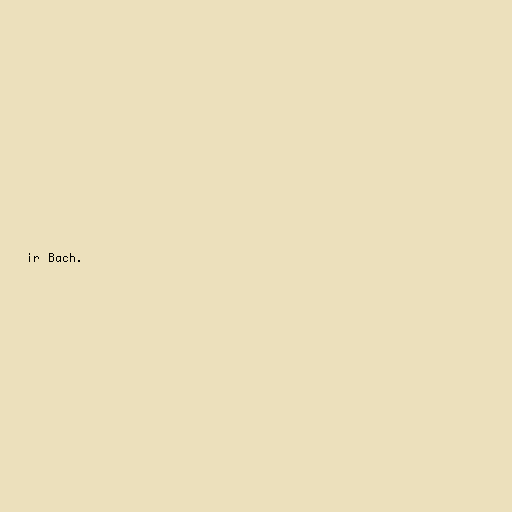
ir Bach.